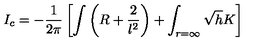
I _ { c } = - \frac { 1 } { 2 \pi } \left[ \int \left( R + \frac { 2 } { l ^ { 2 } } \right) + \int _ { r = \infty } \sqrt { h } K \right]